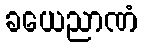
ခယေညာဏံ